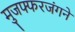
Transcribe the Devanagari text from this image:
मुजफ्फरजंगने